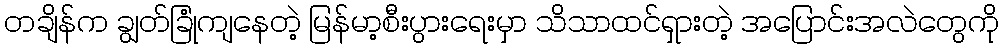
တချိန်က ချွတ်ခြုံကျနေတဲ့ မြန်မာ့စီးပွားရေးမှာ သိသာထင်ရှားတဲ့ အပြောင်းအလဲတွေကို